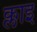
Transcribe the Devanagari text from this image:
क्लाइ